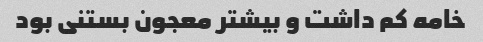
خامه کم داشت و بیشتر معجون بستنی بود